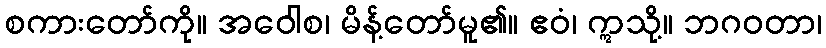
စကားတော်ကို။ အဝေါစ၊ မိန့်တော်မူ၏။ ဧဝံ၊ ဣသို့။ ဘဂဝတာ၊